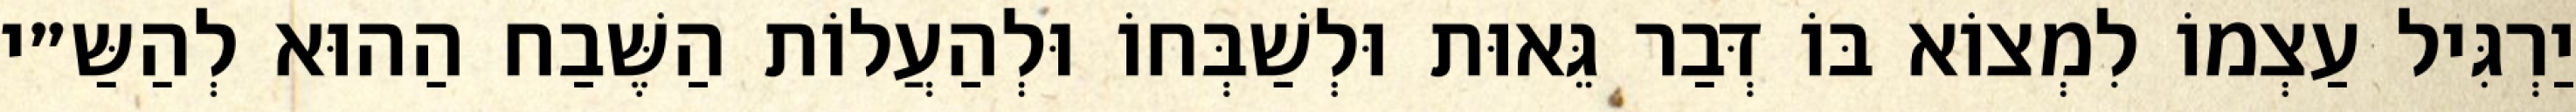
יַרְגִּיל עַצְמוֹ לִמְצוֹא בּוֹ דְּבַר גֵּאוּת וּלְשַׁבְּחוֹ וּלְהַעֲלוֹת הַשֶּׁבַח הַהוּא לְהַשַּ״י